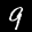
Label: 9